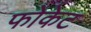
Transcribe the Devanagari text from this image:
फोकेट